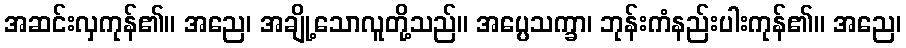
အဆင်းလှကုန်၏။ အညေ၊ အချို့သောလူတို့သည်။ အပ္ပေသက္ခာ၊ ဘုန်းကံနည်းပါးကုန်၏။ အညေ၊